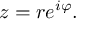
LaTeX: z = r e ^ { i \varphi } .